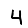
Digit: 4